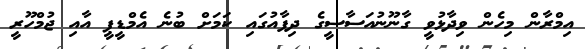
އިމްރާން މިހެން ވިދާޅުވީ ގާނޫނުއަސާސީގެ ދިފާއުގައި ކަމަށް ބުނެ އެމްޑީޕީ އާއި ޖުމްހޫރީ